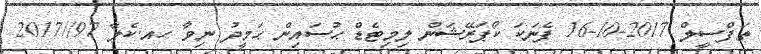
ތަފްސީލް 2017-10-16 ފެނަކަ ކޯޕަރޭޝަން ލިމިޓެޑް ޙުސައިން ޙަމީދު ނިވާ ހއ.ކެލާ 97//2017